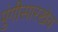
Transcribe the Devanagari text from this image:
पुंगीसारखेच